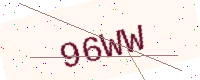
Text: 96WW